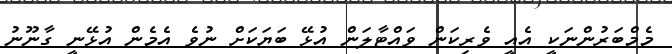
މެމްބަރުންނަކީ އެއީ ވެރިކަން ވައްޓާލަން އުޅޭ ބަޔަކަށް ނުވެ އެމެން އުޅޭނީ ގާނޫނު